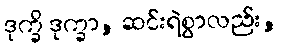
ဒုက္ခိ ဒုက္ခာ, ဆင်းရဲစွာလည်း,